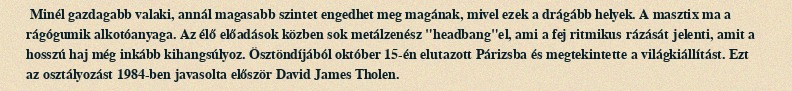
Minél gazdagabb valaki, annál magasabb szintet engedhet meg magának, mivel ezek a drágább helyek. A masztix ma a rágógumik alkotóanyaga. Az élő előadások közben sok metálzenész "headbang"el, ami a fej ritmikus rázását jelenti, amit a hosszú haj még inkább kihangsúlyoz. Ösztöndíjából október 15-én elutazott Párizsba és megtekintette a világkiállítást. Ezt az osztályozást 1984-ben javasolta először David James Tholen.